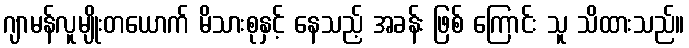
ဂျာမန်လူမျိုးတယောက် မိသားစုနှင့် နေသည့် အခန်း ဖြစ် ကြောင်း သူ သိထားသည်။